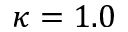
\kappa = 1 . 0